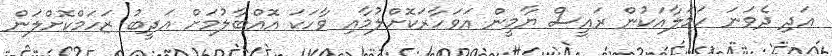
އަދި ދެވަނަ ހަމަލާއަކުން ރައީސް ޔާމީން އަވަހާރަކޮށްލުމާއި ވާހަކަ އޮއްބާލުމަށް އަދީބު ޒަހަމްކޮށްލަން